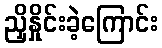
ညှိနှိုင်းခဲ့ကြောင်း